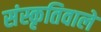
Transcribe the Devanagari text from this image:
संस्कृतिवाले